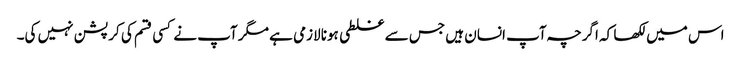
اس میں لکھا کہ اگرچہ آپ انسان ہیں جس سے غلطی ہونا لازمی ہے مگر آپ نے کسی قسم کی کرپشن نہیں کی۔